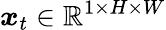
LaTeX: \boldsymbol{x}_{t}\in\mathbb{R}^{1\times H\times W}